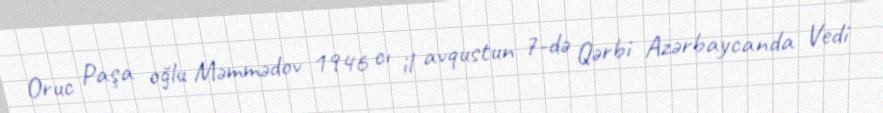
Oruc Paşa oğlu Məmmədov 1946 cı il avqustun 7-də Qərbi Azərbaycanda Vedi